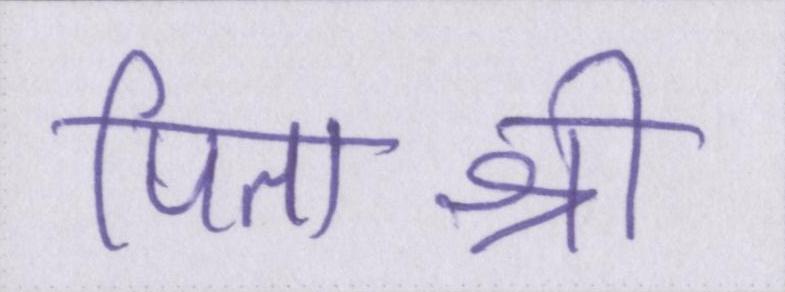
पिताश्री